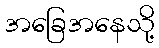
အခြေအနေသို့